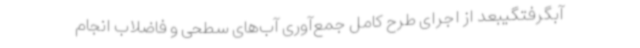
آبگرفتگیبعد از اجرای طرح کامل جمع‌آوری آب‌های سطحی و فاضلاب انجام